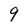
Character: 9